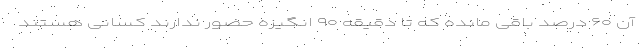
آن ۶۰ درصد باقی مانده که تا دقیقه ۹۰ انگیزه حضور ندارند کسانی هستند